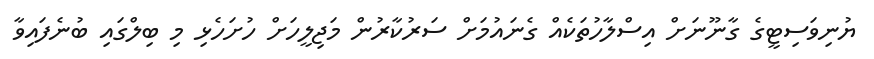
ޔުނިވަސިޓީގެ ގާނޫނަށް އިސްލާހުތަކެއް ގެނައުމަށް ސަރުކާރުން މަޖިލީހަށް ހުށަހެޅި މި ބިލްގައި ބުނެފައިވާ